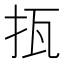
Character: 㧚